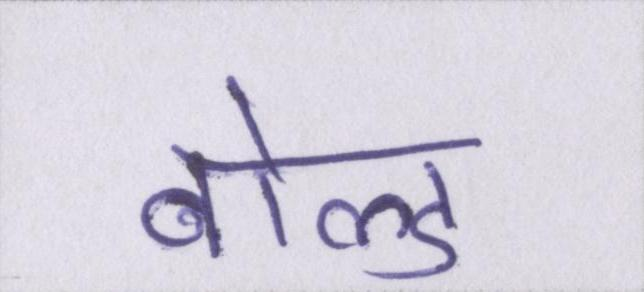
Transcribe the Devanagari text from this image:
बोल्ड